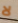
لا